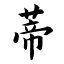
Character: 蒂